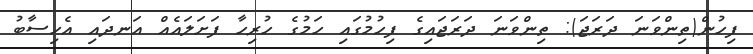
ފިހުން(ތިންވަނަ ދަރަޖަ): ތިންވަނަ ދަރަޖައިގެ ފިހުމުގައި ހަމުގެ ހުރިހާ ފަށަލައެއް އަނދައި އެހިސާބު